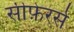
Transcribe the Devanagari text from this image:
सीफ़ेरर्स